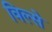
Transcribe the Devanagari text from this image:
विल्से